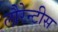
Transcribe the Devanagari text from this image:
लौरेन्टीस